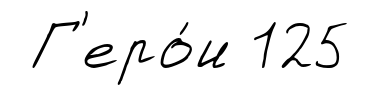
Г'еро́и 125